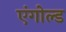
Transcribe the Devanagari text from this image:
एंगोल्ड